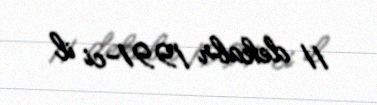
11 dekabr 1991-ci il